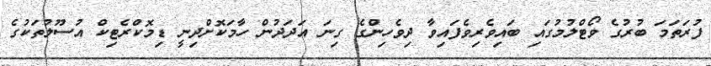
ފުރަތަމަ ބުރުގެ ވޯޓްލުމުގައި ބައިވެރިވެފައިވާ ދިވެހިންގެ ގިނަ އަދަދުން ހާމަކޮށްދިނީ ޑިމޮކްރެޓިކް އުސޫލުތަކުގެ